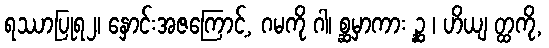
ရဿာပြုရ၂၊ နှောင်းအဇကြောင့်, ဂမကို ဂါ၊ စ္ဆမှာကား ဉ္ဆ ၊ ဟိယျ တ္ထကို,